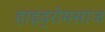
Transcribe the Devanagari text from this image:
हाइड्रोमसाज